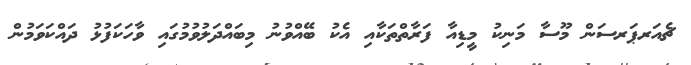
ޗެއަރޕަރސަން މޫސާ މަނިކު މީޑިއާ ފަރާތްތަކާއި އެކު ބޭއްވުނު މިބައްދަލުވުމުގައި ވާހަކަފުޅު ދައްކަވަމުން